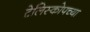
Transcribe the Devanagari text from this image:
टेलिस्कोपच्या